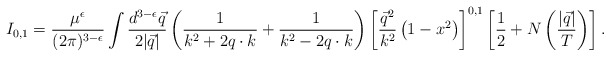
\begin{align*}I_{0,1}=\frac{\mu^\epsilon}{(2\pi)^{3-\epsilon}}\int\frac{d^{3-\epsilon}\vec q}{2|\vec q|}\left(\frac{1}{k^2+2q\cdot k} + \frac{1}{k^2-2q\cdot k}\right)\left[\frac{\vec q^2}{k^2}\left(1-x^2\right)\right]^{0,1}\left[\frac 1 2 + N\left(\frac{|\vec q|}{T}\right)\right].\end{align*}